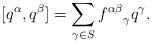
LaTeX: \begin{align*}[q^\alpha, q^\beta] = \sum_{\gamma \in S}{f^{\alpha\beta}}_\gamma q^\gamma.\end{align*}